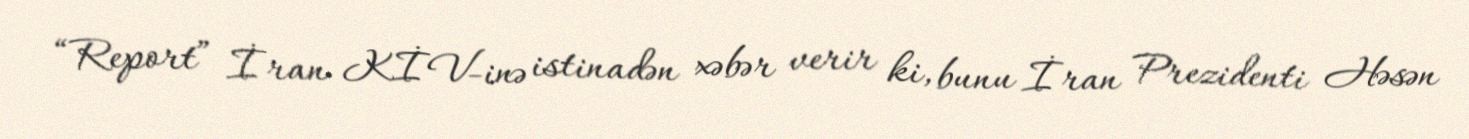
“Report” İran KİV-inə istinadən xəbər verir ki, bunu İran Prezidenti Həsən